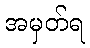
အမှတ်ရ